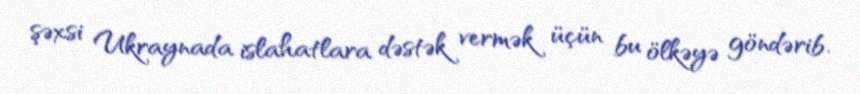
şəxsi Ukraynada islahatlara dəstək vermək üçün bu ölkəyə göndərib.